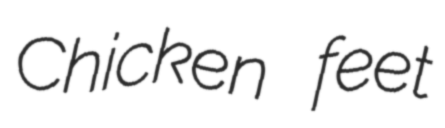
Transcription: Chicken feet